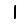
Digit: 1